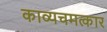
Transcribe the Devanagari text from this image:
काव्यचमत्कार